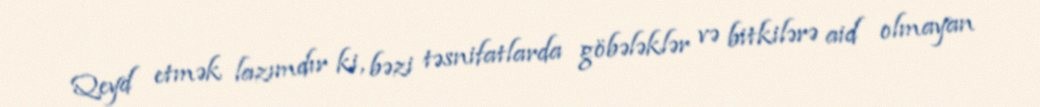
Qeyd etmək lazımdır ki, bəzi təsnifatlarda göbələklər və bitkilərə aid olmayan